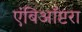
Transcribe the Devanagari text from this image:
एंबिऑप्टरा